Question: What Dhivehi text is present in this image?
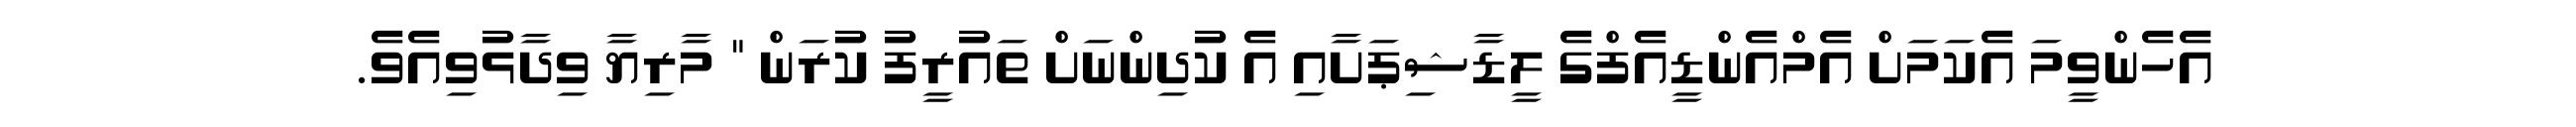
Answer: އެހެންވީމަ އެކަމަށް އެމްއެންޑީއެފްގެ ލީޑާޝިޕަށާއި އެ ކުދިންނަށް ތައުރީފު ކުރަން " މާރިޔާ ވިދާޅުވިއެވެ.